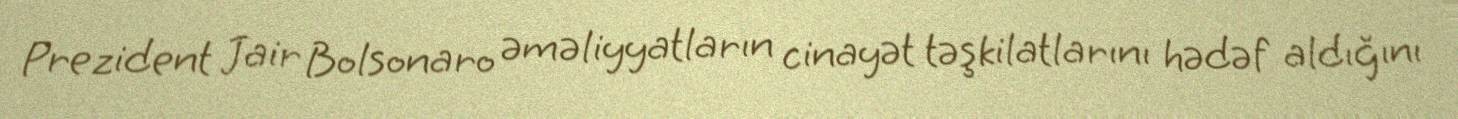
Prezident Jair Bolsonaro əməliyyatların cinayət təşkilatlarını hədəf aldığını